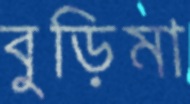
বুড়িমা